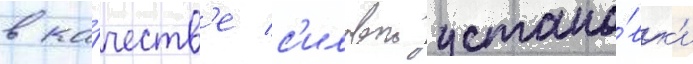
в ка́честв'е с'иловои устано́вк'и